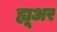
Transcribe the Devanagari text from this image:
ह्यू्अर